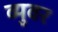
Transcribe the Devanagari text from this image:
व्युवर